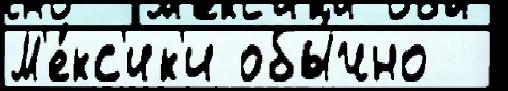
М'е́кс'ик'и обы́чно